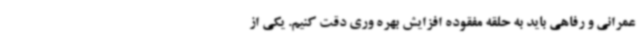
عمرانی و رفاهی باید به حلقه مفقوده افزایش بهره وری دقت کنیم. یکی از